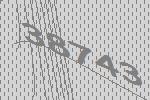
38743